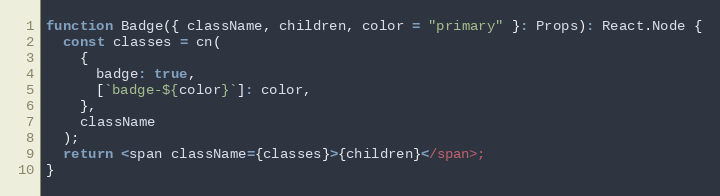
Language: JavaScript
function Badge({ className, children, color = "primary" }: Props): React.Node {
  const classes = cn(
    {
      badge: true,
      [`badge-${color}`]: color,
    },
    className
  );
  return <span className={classes}>{children}</span>;
}